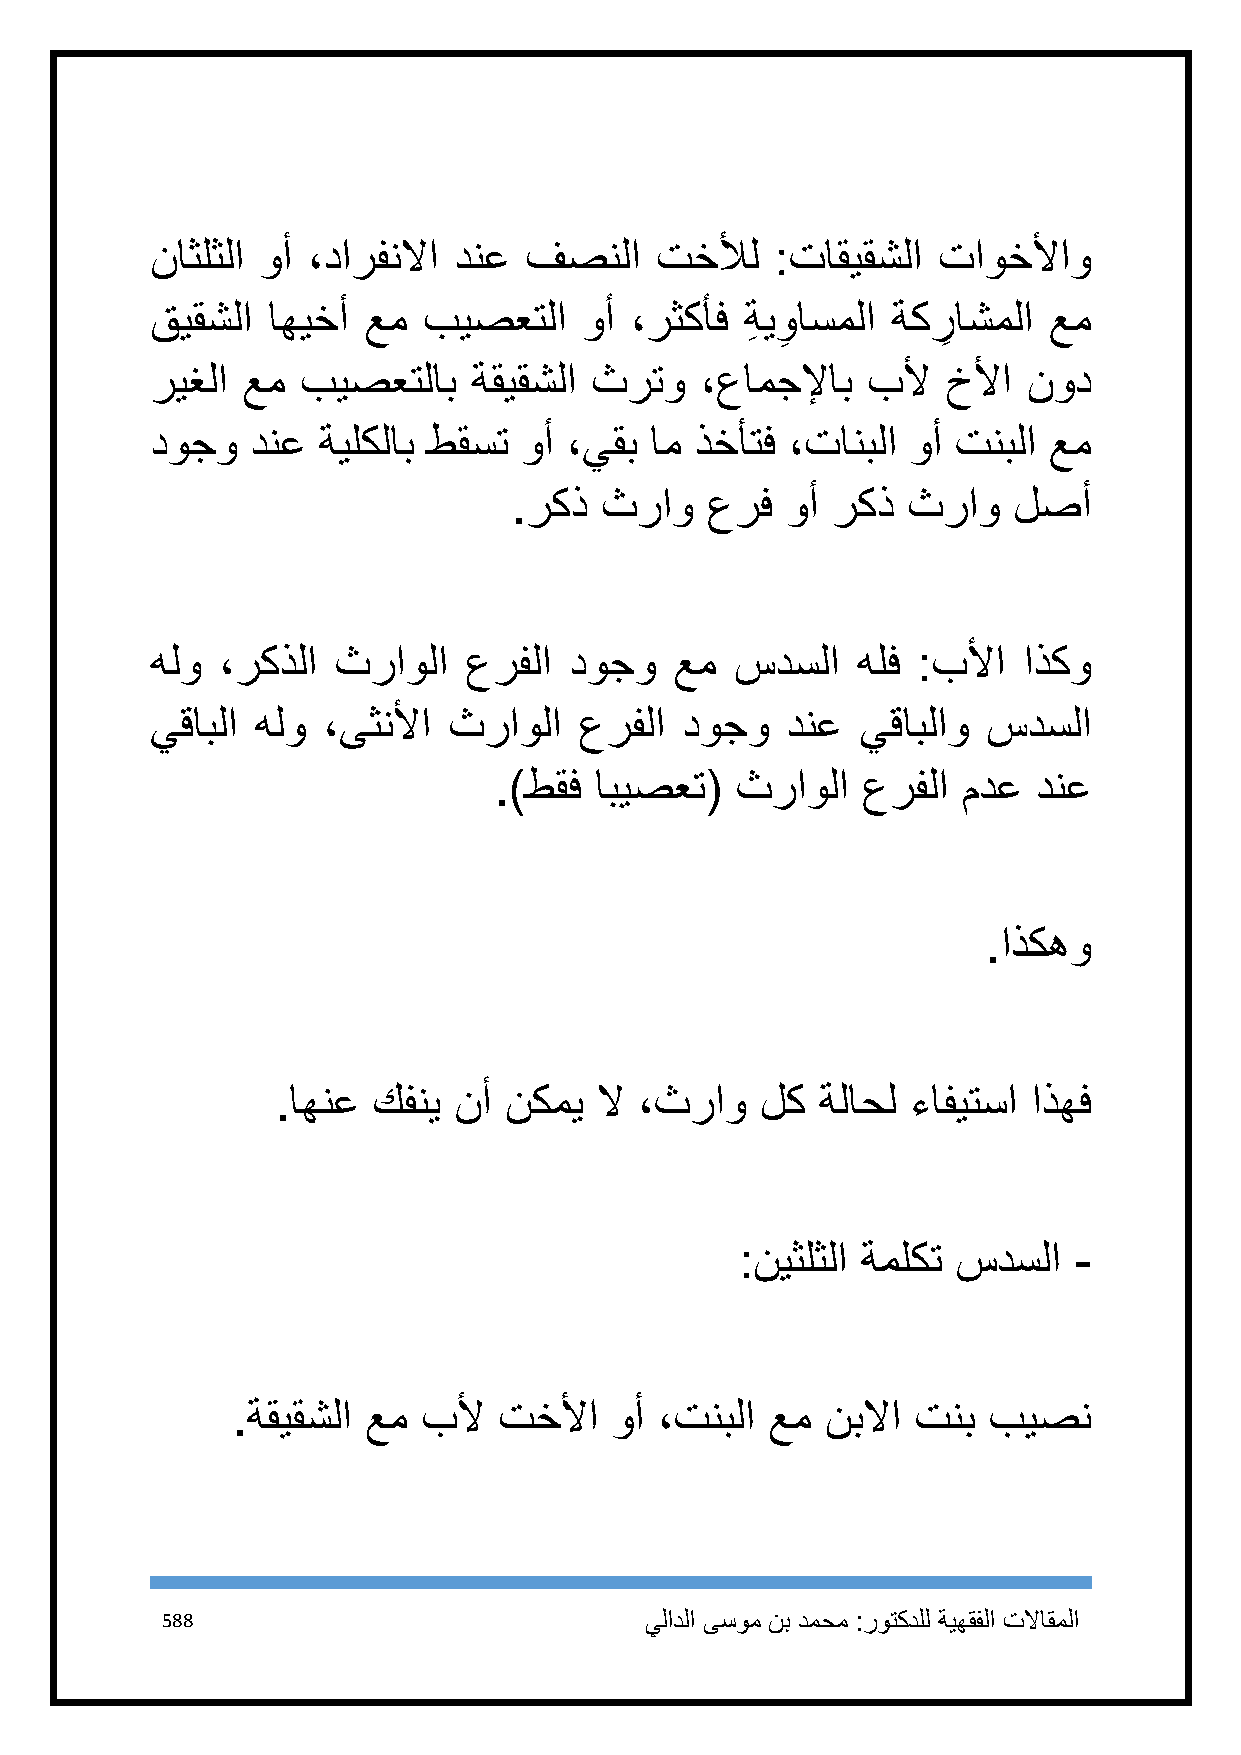
ناثلثلا وأ ،دارفنلاا دنع فصنلا   تخلأل   :تاقيقشلا  تاوخلأاو
 قيقشلا  اهيخأ عم  بيصعتلا    وأ ،رثكأف ةِ يو
 ِ
 اسملا ةكر
 ِ
 اشملا عم
 ريغلا عم  بيصعتلاب   ةقيقشلا ثرتو   ،عامجلإاب  بلأ   خلأا نود
 دوجو   دنع ةيلكلاب طقست  وأ ،يقب ام ذخأتف ،تانبلا وأ تنبلا عم
 .ركذ  ثراو   عرف  وأ ركذ  ثراو   لصأ
 هلو  ،ركذلا ثراولا   عرفلا  دوجو   عم  سدسلا   هلف :بلأا  اذكو
 يقابلا هلو ،ىثنلأا  ثراولا  عرفلا  دوجو   دنع  يقابلاو سدسلا
 .)طقف ابيصعت(   ثراولا  عرفلا  مدع  دنع
 .اذكهو
 .اهنع  كفني نأ نكمي  لا ،ثراو   لك  ةلاحل ءافيتسا اذهف
 :نيثلثلا ةملكت سدسلا  -
 .ةقيقشلا عم  بلأ  تخلأا  وأ  ،تنبلا عم  نبلاا تنب بيصن
 588                             يلادلا ىسوم نب دمحم :روتكدلل ةيهقفلا تلااقملا